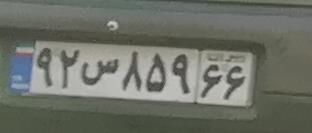
۹۲س۸۵۹۶۶